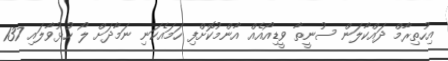
އިހުތިރާމް ދައްކާލަން ސުނީތާ ވީޑިއޯއެއް އާންމުކޮށްފި ހަމައެކަނި ނަމާދަށް ލޯ ހުޅުވާލައި 137